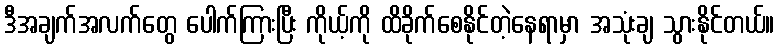
ဒီအချက်အလက်တွေ ပေါက်ကြားပြီး ကိုယ့်ကို ထိခိုက်စေနိုင်တဲ့နေရာမှာ အသုံးချ သွားနိုင်တယ်။